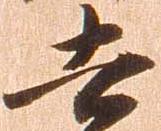
去